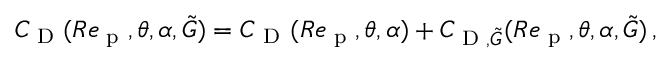
C _ { \textup { D } } ( R e _ { \textup { p } } , \theta , \alpha , \tilde { G } ) = C _ { \mathrm { ~ D ~ } } ( R e _ { \textup { p } } , \theta , \alpha ) + C _ { \textup { D } , \tilde { G } } ( R e _ { \textup { p } } , \theta , \alpha , \tilde { G } ) \, ,